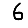
Digit: 6